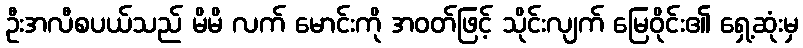
ဦးအလီစပယ်သည် မိမိ လက် မောင်းကို အဝတ်ဖြင့် သိုင်းလျက် မြေဝိုင်း၏ ရှေ့ဆုံးမှ